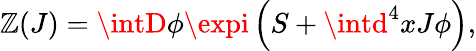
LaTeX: \mathbb{Z}(J)=\intD\phi\expi\left(S+\intd^{4}xJ\phi\right),